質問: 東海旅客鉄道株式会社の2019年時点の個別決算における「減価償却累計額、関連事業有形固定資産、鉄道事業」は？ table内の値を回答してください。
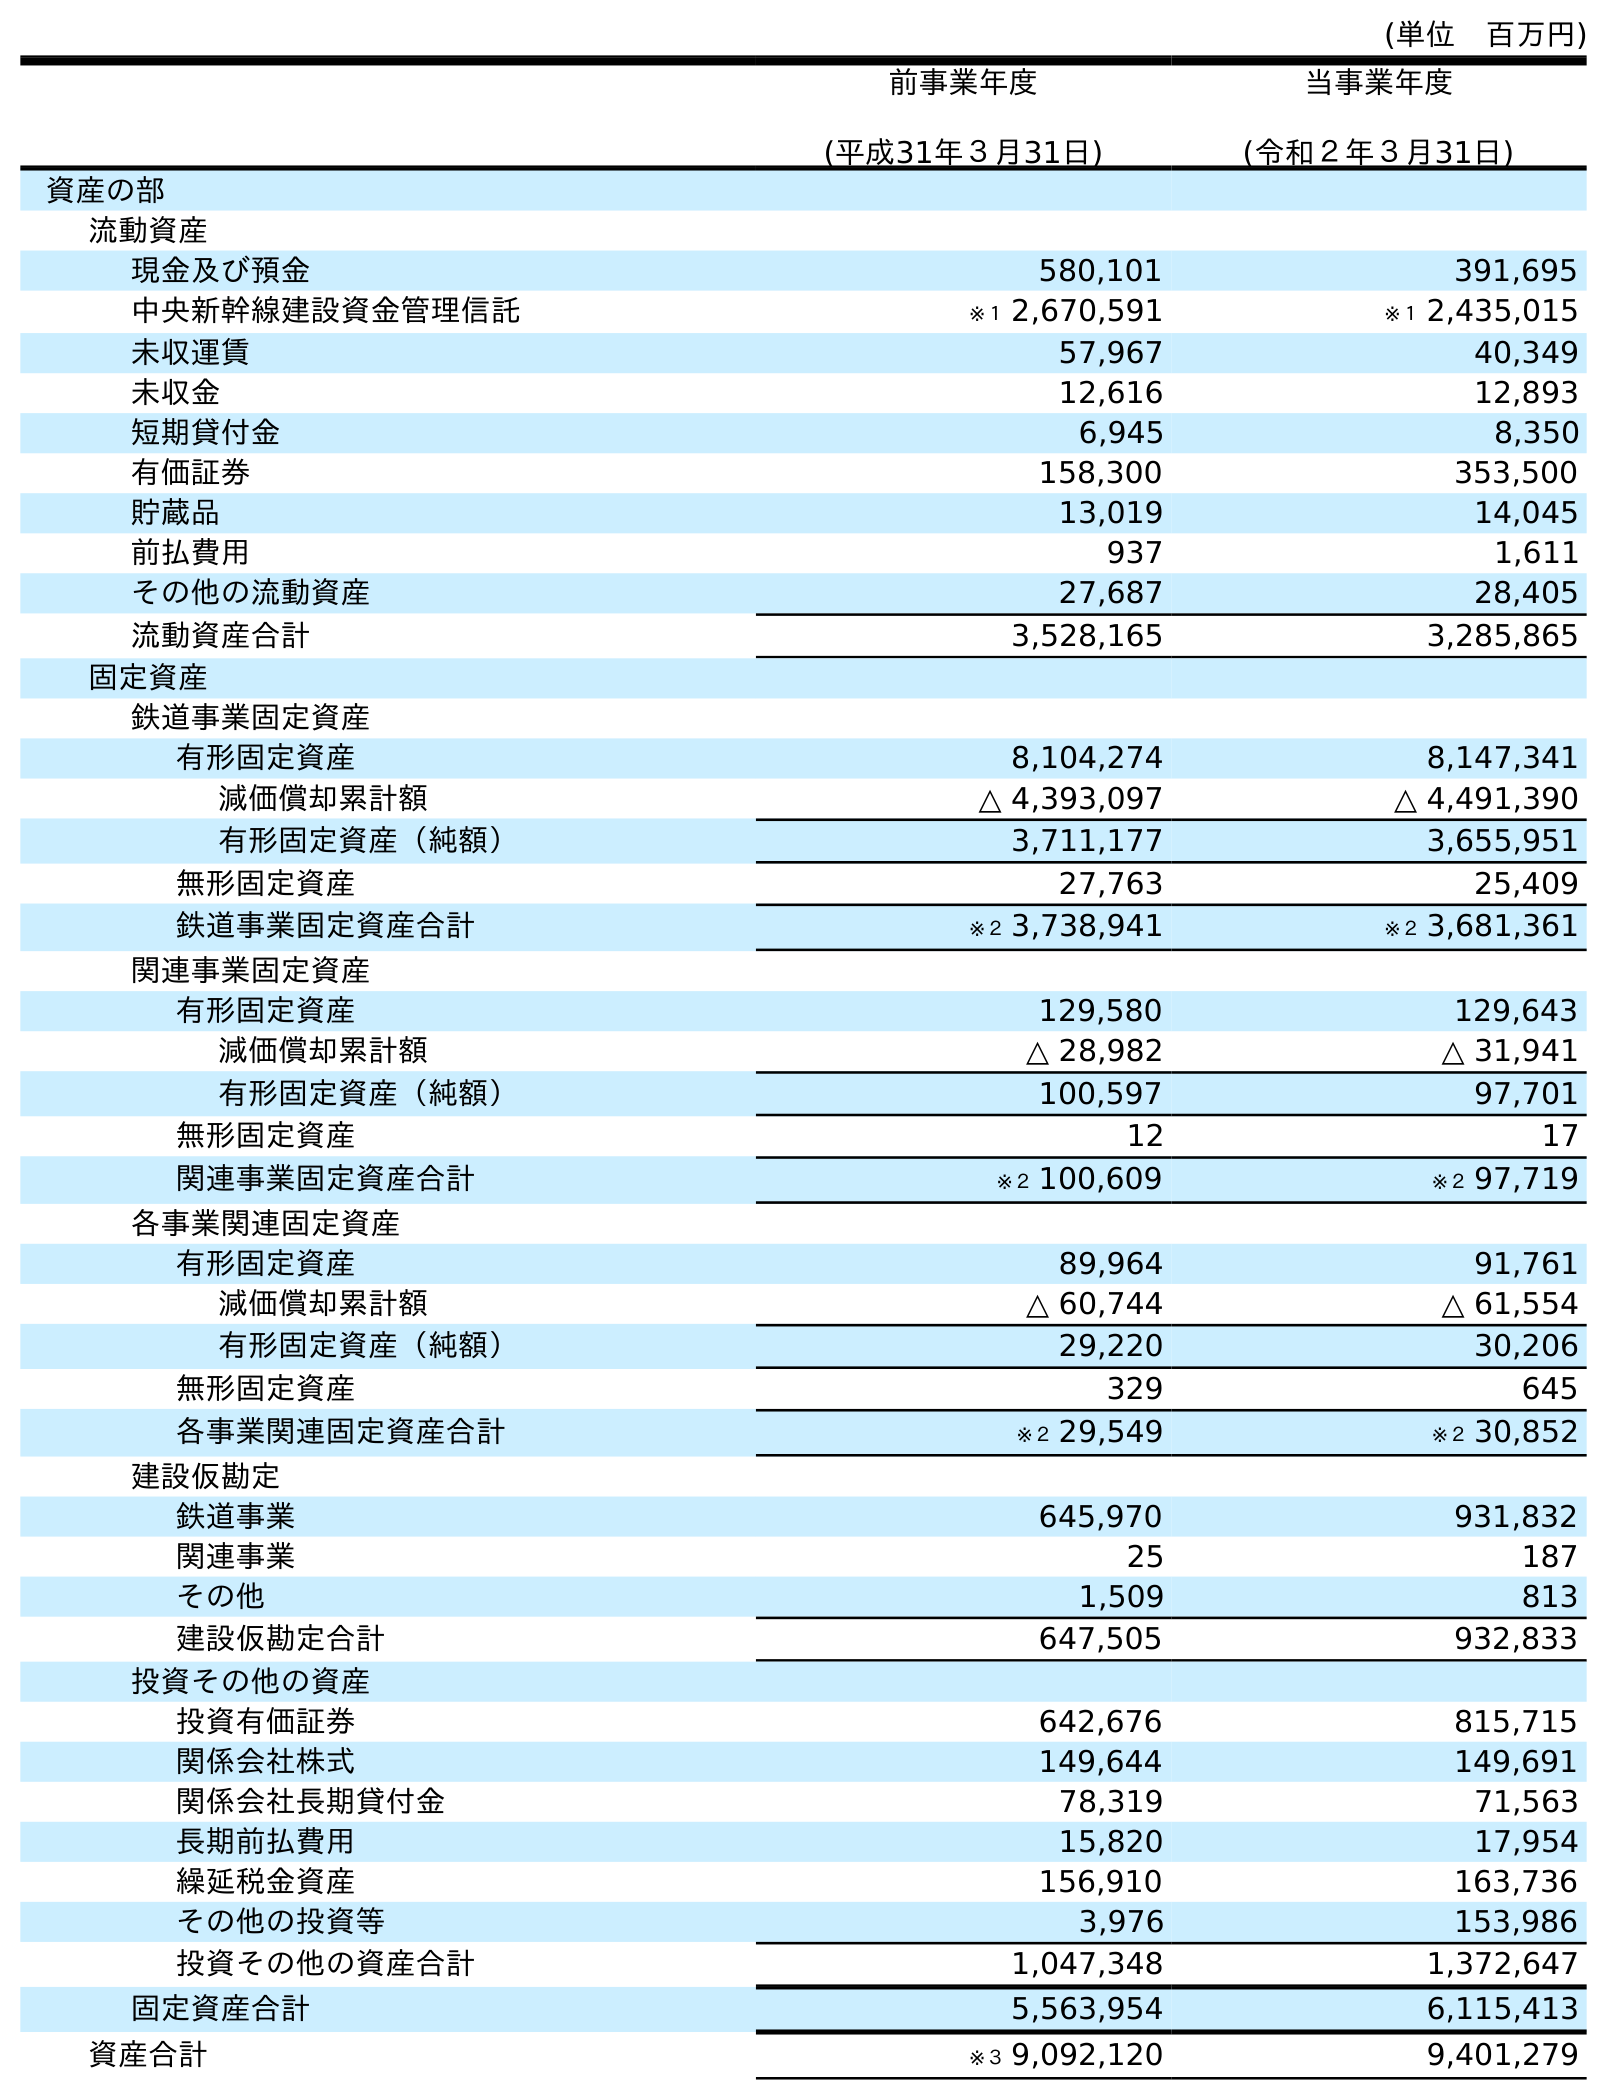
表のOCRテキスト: (単位 百万円) 前事業年度 (平成31年３月31日) 当事業年度 (令和２年３月31日) 資産の部 流動資産 現金及び預金 580,101 391,695 中央新幹線建設資金管理信託 ※１ 2,670,591 ※１ 2,435,015 未収運賃 57,967 40,349 未収金 12,616 12,893 短期貸付金 6,945 8,350 有価証券 158,300 353,500 貯蔵品 13,019 14,045 前払費用 937 1,611 その他の流動資産 27,687 28,405 流動資産合計 3,528,165 3,285,865 固定資産 鉄道事業固定資産 有形固定資産 8,104,274 8,147,341 減価償却累計額 △ 4,393,097 △ 4,491,390 有形固定資産（純額） 3,711,177 3,655,951 無形固定資産 27,763 25,409 鉄道事業固定資産合計 ※２ 3,738,941 ※２ 3,681,361 関連事業固定資産 有形固定資産 129,580 129,643 減価償却累計額 △ 28,982 △ 31,941 有形固定資産（純額） 100,597 97,701 無形固定資産 12 17 関連事業固定資産合計 ※２ 100,609 ※２ 97,719 各事業関連固定資産 有形固定資産 89,964 91,761 減価償却累計額 △ 60,744 △ 61,554 有形固定資産（純額） 29,220 30,206 無形固定資産 329 645 各事業関連固定資産合計 ※２ 29,549 ※２ 30,852 建設仮勘定 鉄道事業 645,970 931,832 関連事業 25 187 その他 1,509 813 建設仮勘定合計 647,505 932,833 投資その他の資産 投資有価証券 642,676 815,715 関係会社株式 149,644 149,691 関係会社長期貸付金 78,319 71,563 長期前払費用 15,820 17,954 繰延税金資産 156,910 163,736 その他の投資等 3,976 153,986 投資その他の資産合計 1,047,348 1,372,647 固定資産合計 5,563,954 6,115,413 資産合計 ※３ 9,092,120 9,401,279
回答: △28,982